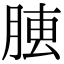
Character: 𦝏